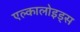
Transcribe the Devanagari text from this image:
एल्कालोइड्स